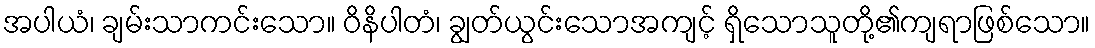
အပါယံ၊ ချမ်းသာကင်းသော။ ဝိနိပါတံ၊ ချွတ်ယွင်းသောအကျင့် ရှိသောသူတို့၏ကျရာဖြစ်သော။